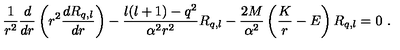
\frac 1 { r ^ { 2 } } \frac d { d r } \left( r ^ { 2 } \frac { d R _ { q , l } } { d r } \right) - \frac { l ( l + 1 ) - q ^ { 2 } } { \alpha ^ { 2 } r ^ { 2 } } R _ { q , l } - \frac { 2 M } { \alpha ^ { 2 } } \left( \frac K r - E \right) R _ { q , l } = 0 \ .